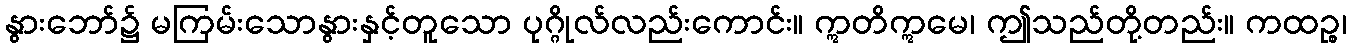
နွားဘော်၌ မကြမ်းသောနွားနှင့်တူသော ပုဂ္ဂိုလ်လည်းကောင်း။ ဣတိဣမေ၊ ဤသည်တို့တည်း။ ကထဉ္စ၊